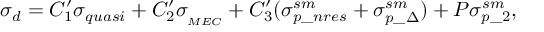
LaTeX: \sigma _ { d } = C _ { 1 } ^ { \prime } \sigma _ { q u a s i } + C _ { 2 } ^ { \prime } \sigma _ { _ { M E C } } + C _ { 3 } ^ { \prime } ( \sigma _ { p \_ n r e s } ^ { s m } + \sigma _ { p \_ \Delta } ^ { s m } ) + P \sigma _ { p \_ 2 } ^ { s m } ,